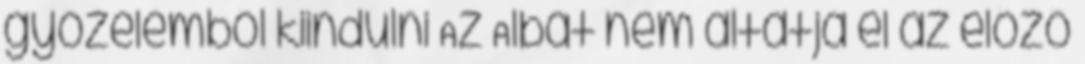
győzelemből kiindulni Az Albát nem altatja el az előző